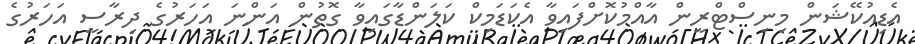
އެޑިއުކޭޝަން މިނިސްޓްރީން އާއްމުކޮށްފައިވާ އެކަޑަމިކް ކަލަންޑާގައިވާ ގޮތުން އަންނަ އަހަރުގެ ދިރާސީ އަހަރުގެ